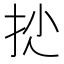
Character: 𢪍